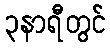
၃နာရီတွင်